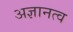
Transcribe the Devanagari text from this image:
अज्ञानत्व